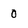
Character: 0